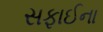
સફાઈના